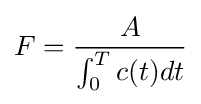
F={\frac {A}{\int _{0}^{T}c(t)dt}}